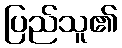
ပြည်သူ၏